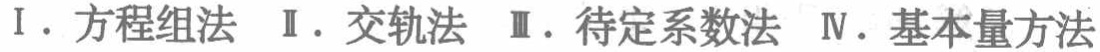
Ⅰ. 方程组法 Ⅱ. 交轨法 Ⅲ. 待定系数法 Ⅳ. 基本量方法